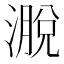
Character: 𪷄